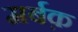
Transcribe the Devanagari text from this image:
मर्बक़